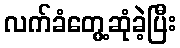
လက်ခံတွေ့ဆုံခဲ့ပြီး